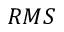
R M S